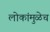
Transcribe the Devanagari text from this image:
लोकांमुळेच